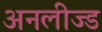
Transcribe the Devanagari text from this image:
अनलीज्ड